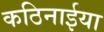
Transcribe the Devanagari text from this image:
कठिनाईया